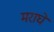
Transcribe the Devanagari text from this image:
मराघे